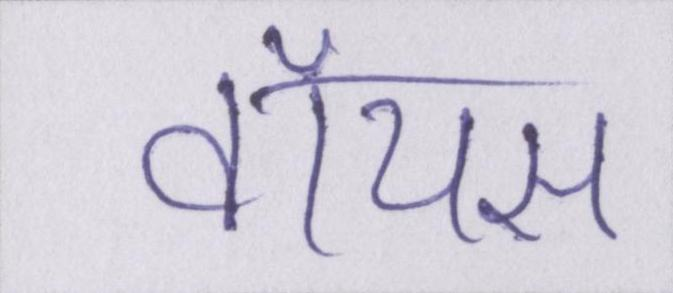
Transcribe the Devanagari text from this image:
वॉयस